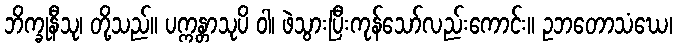
ဘိက္ခုနီသု၊ တို့သည်။ ပက္ကန္တာသုပိ ဝါ၊ ဖဲသွားပြီးကုန်သော်လည်းကောင်း။ ဥဘတောသံဃေ၊